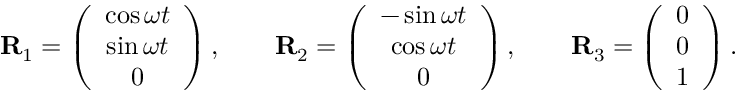
\begin{array} { r } { { \bf R } _ { 1 } = \left( \begin{array} { c } { \cos \omega t } \\ { \sin \omega t } \\ { 0 } \end{array} \right) , \qquad { \bf R } _ { 2 } = \left( \begin{array} { c } { - \sin \omega t } \\ { \cos \omega t } \\ { 0 } \end{array} \right) , \qquad { \bf R } _ { 3 } = \left( \begin{array} { c } { 0 } \\ { 0 } \\ { 1 } \end{array} \right) . } \end{array}